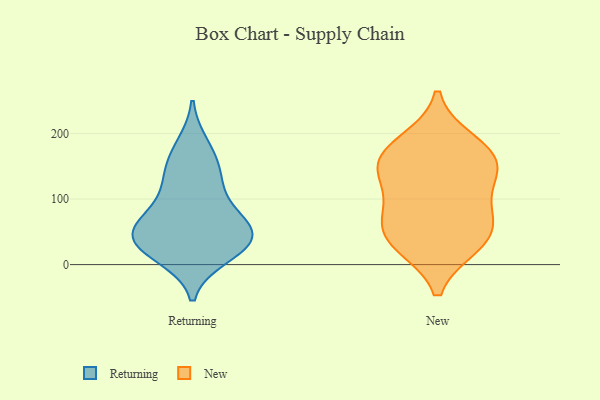
{"axis": {"x": "Churn Rate (%)", "y": "Value"}, "legend": ["New", "Returning"], "data": [{"x": "", "y": 55, "type": "Returning"}, {"x": "", "y": 45, "type": "Returning"}, {"x": "", "y": 54, "type": "Returning"}, {"x": "", "y": 33, "type": "Returning"}, {"x": "", "y": 181, "type": "Returning"}, {"x": "", "y": 85, "type": "Returning"}, {"x": "", "y": 135, "type": "Returning"}, {"x": "", "y": 63, "type": "Returning"}, {"x": "", "y": 25, "type": "Returning"}, {"x": "", "y": 118, "type": "Returning"}, {"x": "", "y": 156, "type": "Returning"}, {"x": "", "y": 31, "type": "Returning"}, {"x": "", "y": 14, "type": "Returning"}, {"x": "", "y": 31, "type": "New"}, {"x": "", "y": 82, "type": "New"}, {"x": "", "y": 158, "type": "New"}, {"x": "", "y": 168, "type": "New"}, {"x": "", "y": 144, "type": "New"}, {"x": "", "y": 186, "type": "New"}, {"x": "", "y": 136, "type": "New"}, {"x": "", "y": 40, "type": "New"}, {"x": "", "y": 42, "type": "New"}, {"x": "", "y": 81, "type": "New"}]}